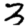
Digit: 3